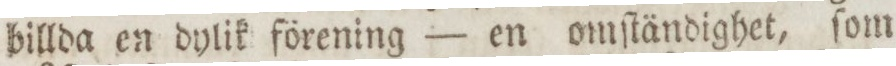
billda en dylik förening — en omſtändighet, ſom